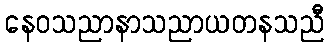
နေဝသညာနာသညာယတနသညီ